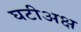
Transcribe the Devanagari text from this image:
घटीअक्ष